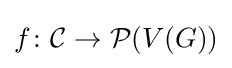
f\colon {\mathcal {C}}\rightarrow {\mathcal {P}}(V(G))